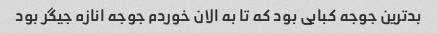
بدترین جوجه کبابی بود که تا به الان خوردم جوجه انازه جیگر بود